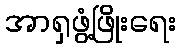
အာရှဖွံ့ဖြိုးရေး